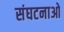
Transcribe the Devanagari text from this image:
संघटनाओ